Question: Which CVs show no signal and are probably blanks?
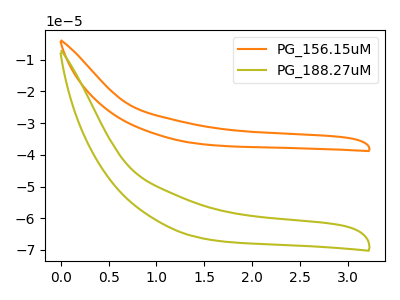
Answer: <think>The orange curve "PG_156.15uM" has no peaks. The olive curve "PG_188.27uM" has no peaks.</think>
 <answer>"PG_156.15uM" and "PG_188.27uM" are likely to be blanks.</answer>
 <eval>"PG_156.15uM", "PG_188.27uM"</eval>